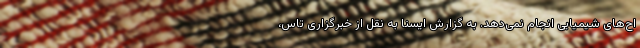
اح‌های شیمیایی انجام نمی‌دهد. به گزارش ایسنا به نقل از خبرگزاری تاس،